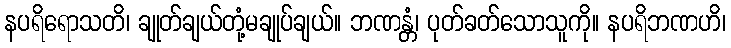
နပရိရောသတိ၊ ချုတ်ချယ်တုံ့မချုပ်ချယ်။ ဘဏန္တံ၊ ပုတ်ခတ်သောသူကို။ နပရိဘဏဟိ၊